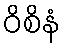
ဝိစိနံ